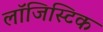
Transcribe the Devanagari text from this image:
लाॅजिस्टिक